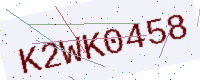
Text: K2WK0458